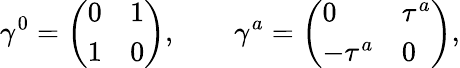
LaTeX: \gamma^{0}=\left(\begin{array}{ll}{{0}}&{{1}}\\ {{1}}&{{0}}\end{array}\right),\qquad\gamma^{a}=\left(\begin{array}{ll}{{0}}&{{\tau^{a}}}\\ {{-\tau^{a}}}&{{0}}\end{array}\right),